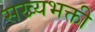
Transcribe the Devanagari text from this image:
सख्यभक्ती